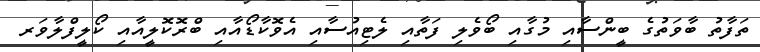
ތަފާތު ބާވަތުގެ ބީންސާއި މުގާއި ބޯވެލި ފަތާއި ލެޓިއުސާއި އެވޮކާޑޯއާއި ބްރޮކޮލީއާއި ކޯލީފްލާވަރ